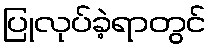
ပြုလုပ်ခဲ့ရာတွင်